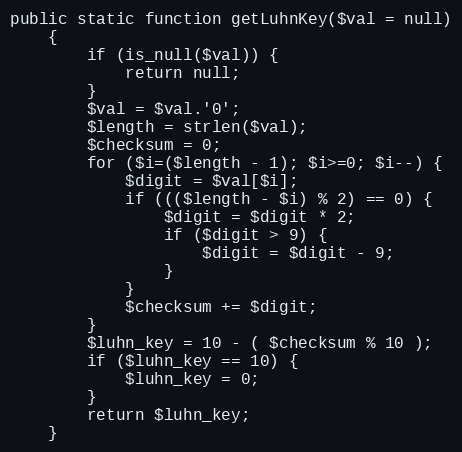
Language: PHP
public static function getLuhnKey($val = null)
    {
        if (is_null($val)) {
            return null;
        }
        $val = $val.'0';
        $length = strlen($val);
        $checksum = 0;
        for ($i=($length - 1); $i>=0; $i--) {
            $digit = $val[$i];
            if ((($length - $i) % 2) == 0) {
                $digit = $digit * 2;
                if ($digit > 9) {
                    $digit = $digit - 9;
                }
            }
            $checksum += $digit;
        }
        $luhn_key = 10 - ( $checksum % 10 );
        if ($luhn_key == 10) {
            $luhn_key = 0;
        }
        return $luhn_key;
    }